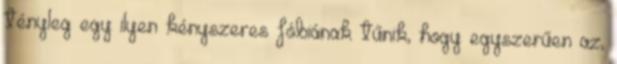
tényleg egy ilyen kényszeres fóbiának tűnik, hogy egyszerűen az,